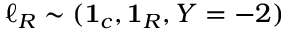
\ell _ { R } \sim ( { \bf 1 } _ { c } , { \bf 1 } _ { R } , Y = - 2 )